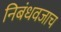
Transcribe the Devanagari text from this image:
निबंधवजाच